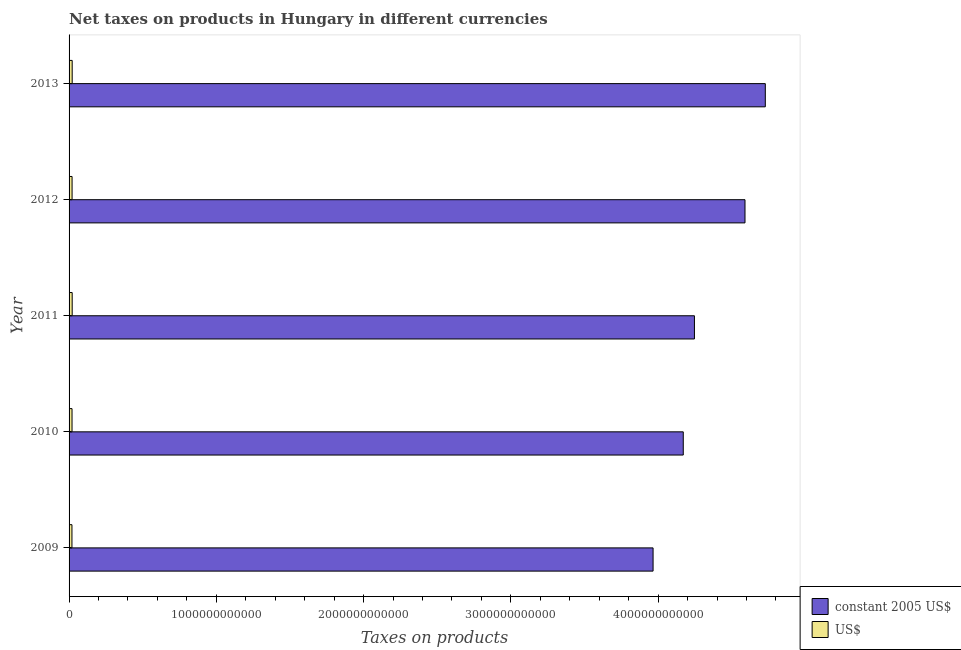
| Year | constant 2005 US$ | US$ |
 | --- | --- | --- |
 | 2009 | 3.97e+12 | 1.96e+10 |
 | 2010 | 4.17e+12 | 2.01e+10 |
 | 2011 | 4.25e+12 | 2.11e+10 |
 | 2012 | 4.59e+12 | 2.04e+10 |
 | 2013 | 4.73e+12 | 2.11e+10 |